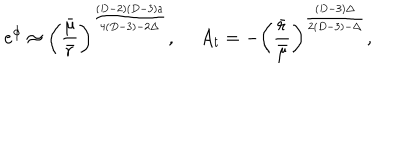
e ^ { \phi } \approx \left( { \frac { \bar { \mu } } { \bar { r } } } \right) ^ { \frac { ( D - 2 ) ( D - 3 ) a } { 4 ( D - 3 ) - 2 \Delta } } , \ A _ { t } = - \left( { \frac { \bar { r } } { \bar { \mu } } } \right) ^ { \frac { ( D - 3 ) \Delta } { 2 ( D - 3 ) - \Delta } } ,